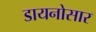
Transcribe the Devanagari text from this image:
डायनोसार